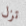
تزل